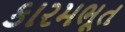
કારમભૂત